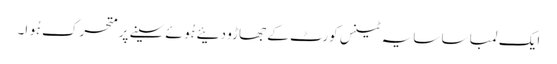
ایک لمبا سا سایہ ٹینس کورٹ کے جھاڑو دئیے ہُوئے سینے پر متحرک ہُوا۔